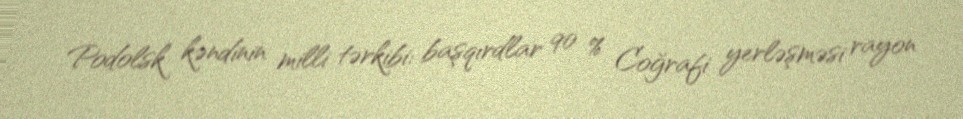
Podolsk kəndinin milli tərkibi: başqırdlar 90 % Coğrafi yerləşməsi rayon